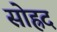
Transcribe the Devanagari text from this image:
सोह्रद